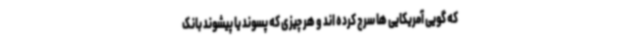
که گویی آمریکایی ها سرچ کرده اند و هر چیزی که پسوند یا پیشوند بانک